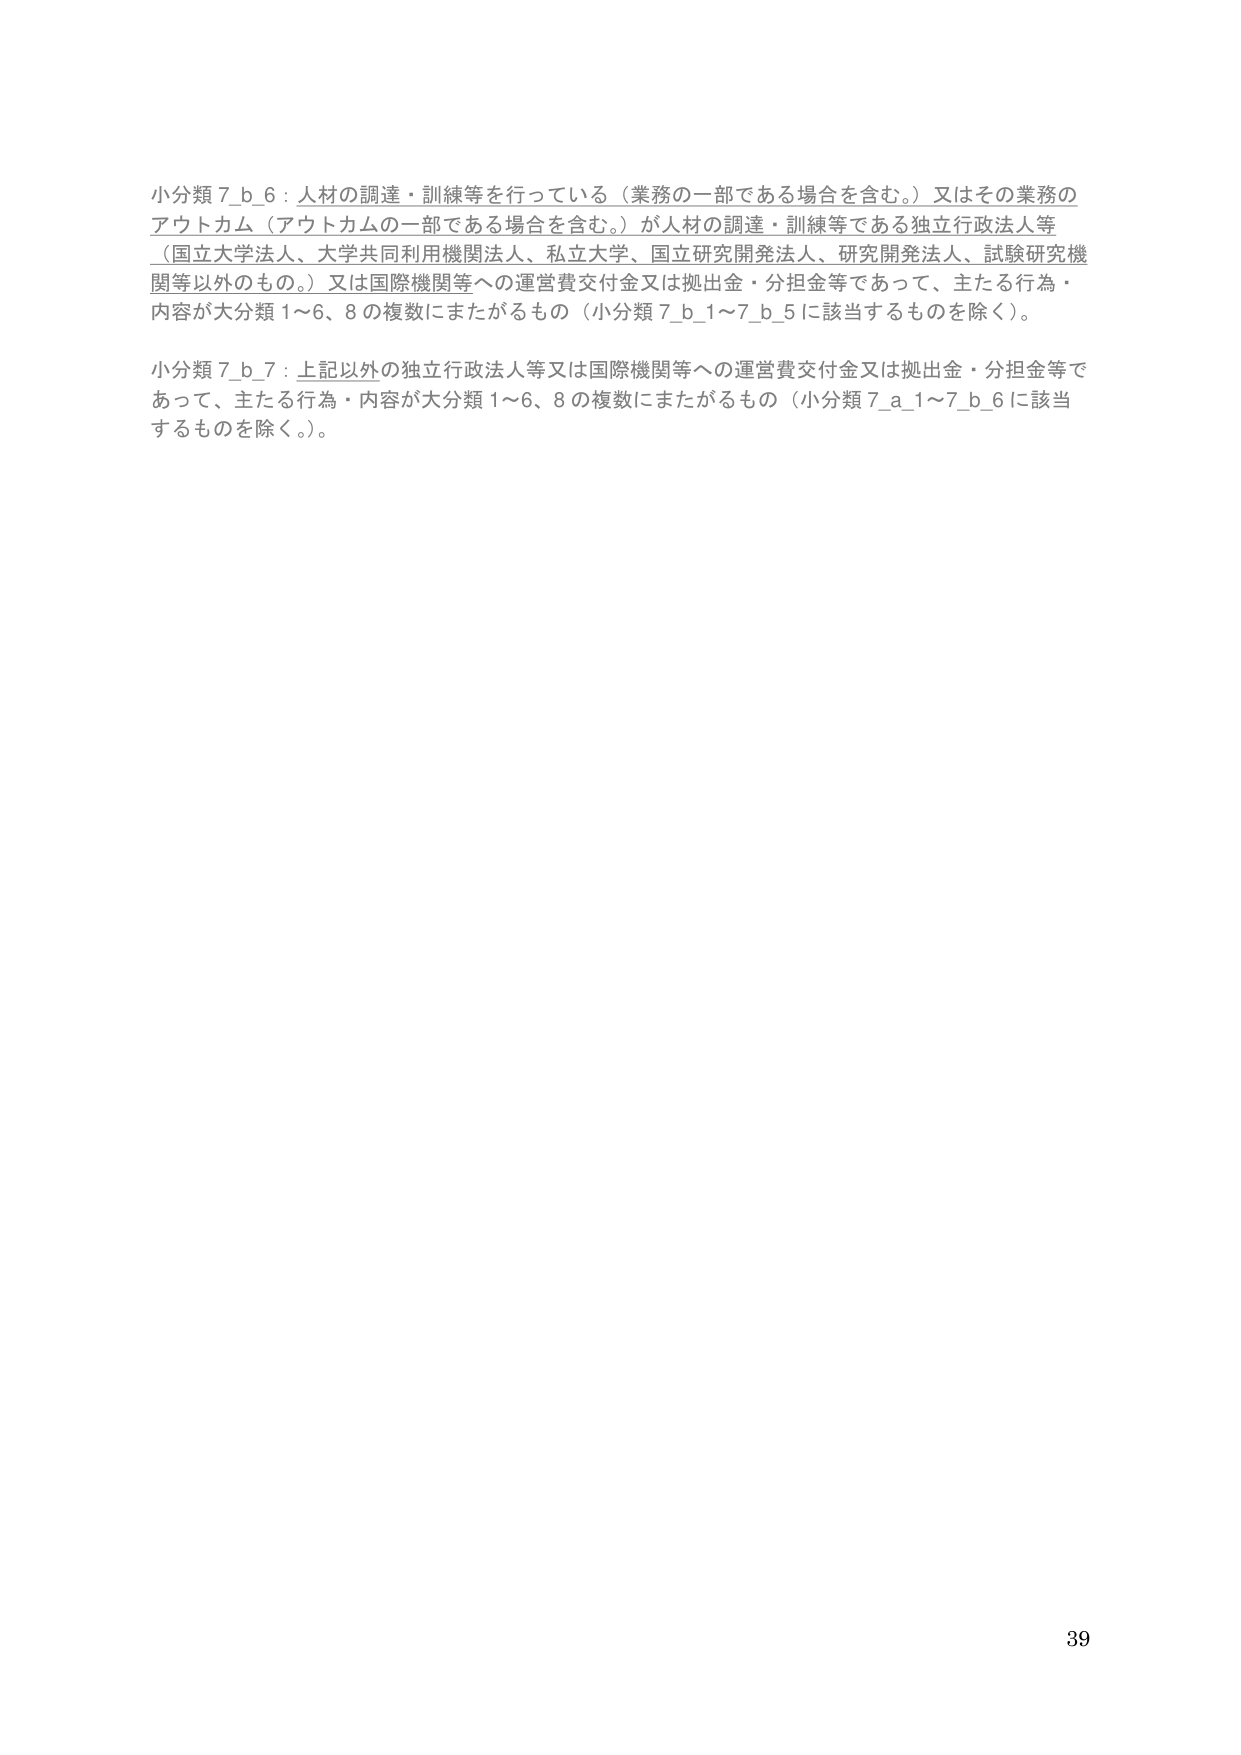
小分類 7_b_6：人材の調達・訓練等を行っている（業務の一部である場合を含む。）又はその業務のアウトカム（アウトカムの一部である場合を含む。）が人材の調達・訓練等である独立行政法人等（国立大学法人、大学共同利用機関法人、私立大学、国立研究開発法人、研究開発法人、試験研究機関等以外のもの。）又は国際機関等への運営費交付金又は拠出金・分担金等であって、主たる行為・内容が大分類 1～6、8 の複数にまたがるもの（小分類 7_b_1～7_b_5 に該当するものを除く）。

小分類 7_b_7：上記以外の独立行政法人等又は国際機関等への運営費交付金又は拠出金・分担金等であって、主たる行為・内容が大分類 1～6、8 の複数にまたがるもの（小分類 7_a_1～7_b_6 に該当するものを除く。）。

39